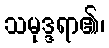
သမုဒ္ဒရာ၏၊